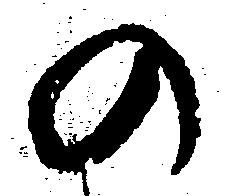
の